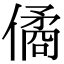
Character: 僪